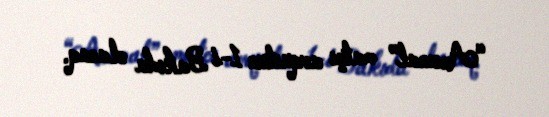
“Arsenal” matçı avqustun 1-i Bakıda olacaq.